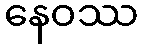
နေဝဿ